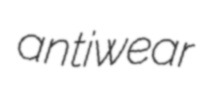
antiwear